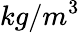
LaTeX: kg/m^{3}